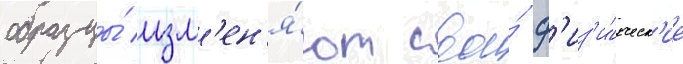
образцы́ изм'ен'я́ют свои́ ф'из'и́ческ'ие